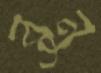
রনু